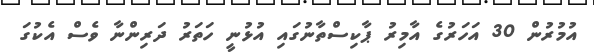
އުމުރުން 30 އަހަރުގެ އާމިރު ޕާކިސްތާނުގައި އުޅުނީ ހަތަރު ދަރިންނާ ވެސް އެކުގަ